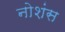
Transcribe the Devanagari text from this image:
नोशंस